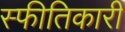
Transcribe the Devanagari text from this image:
स्फीतिकारी